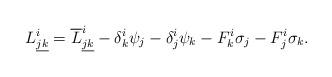
LaTeX: \begin{align*} L^i_{\underline{jk}}=\overline L^i_{\underline{jk}}- \delta^i_k\psi_j-\delta^i_j\psi_k-F^i_k\sigma_j- F^i_j\sigma_k. \end{align*}